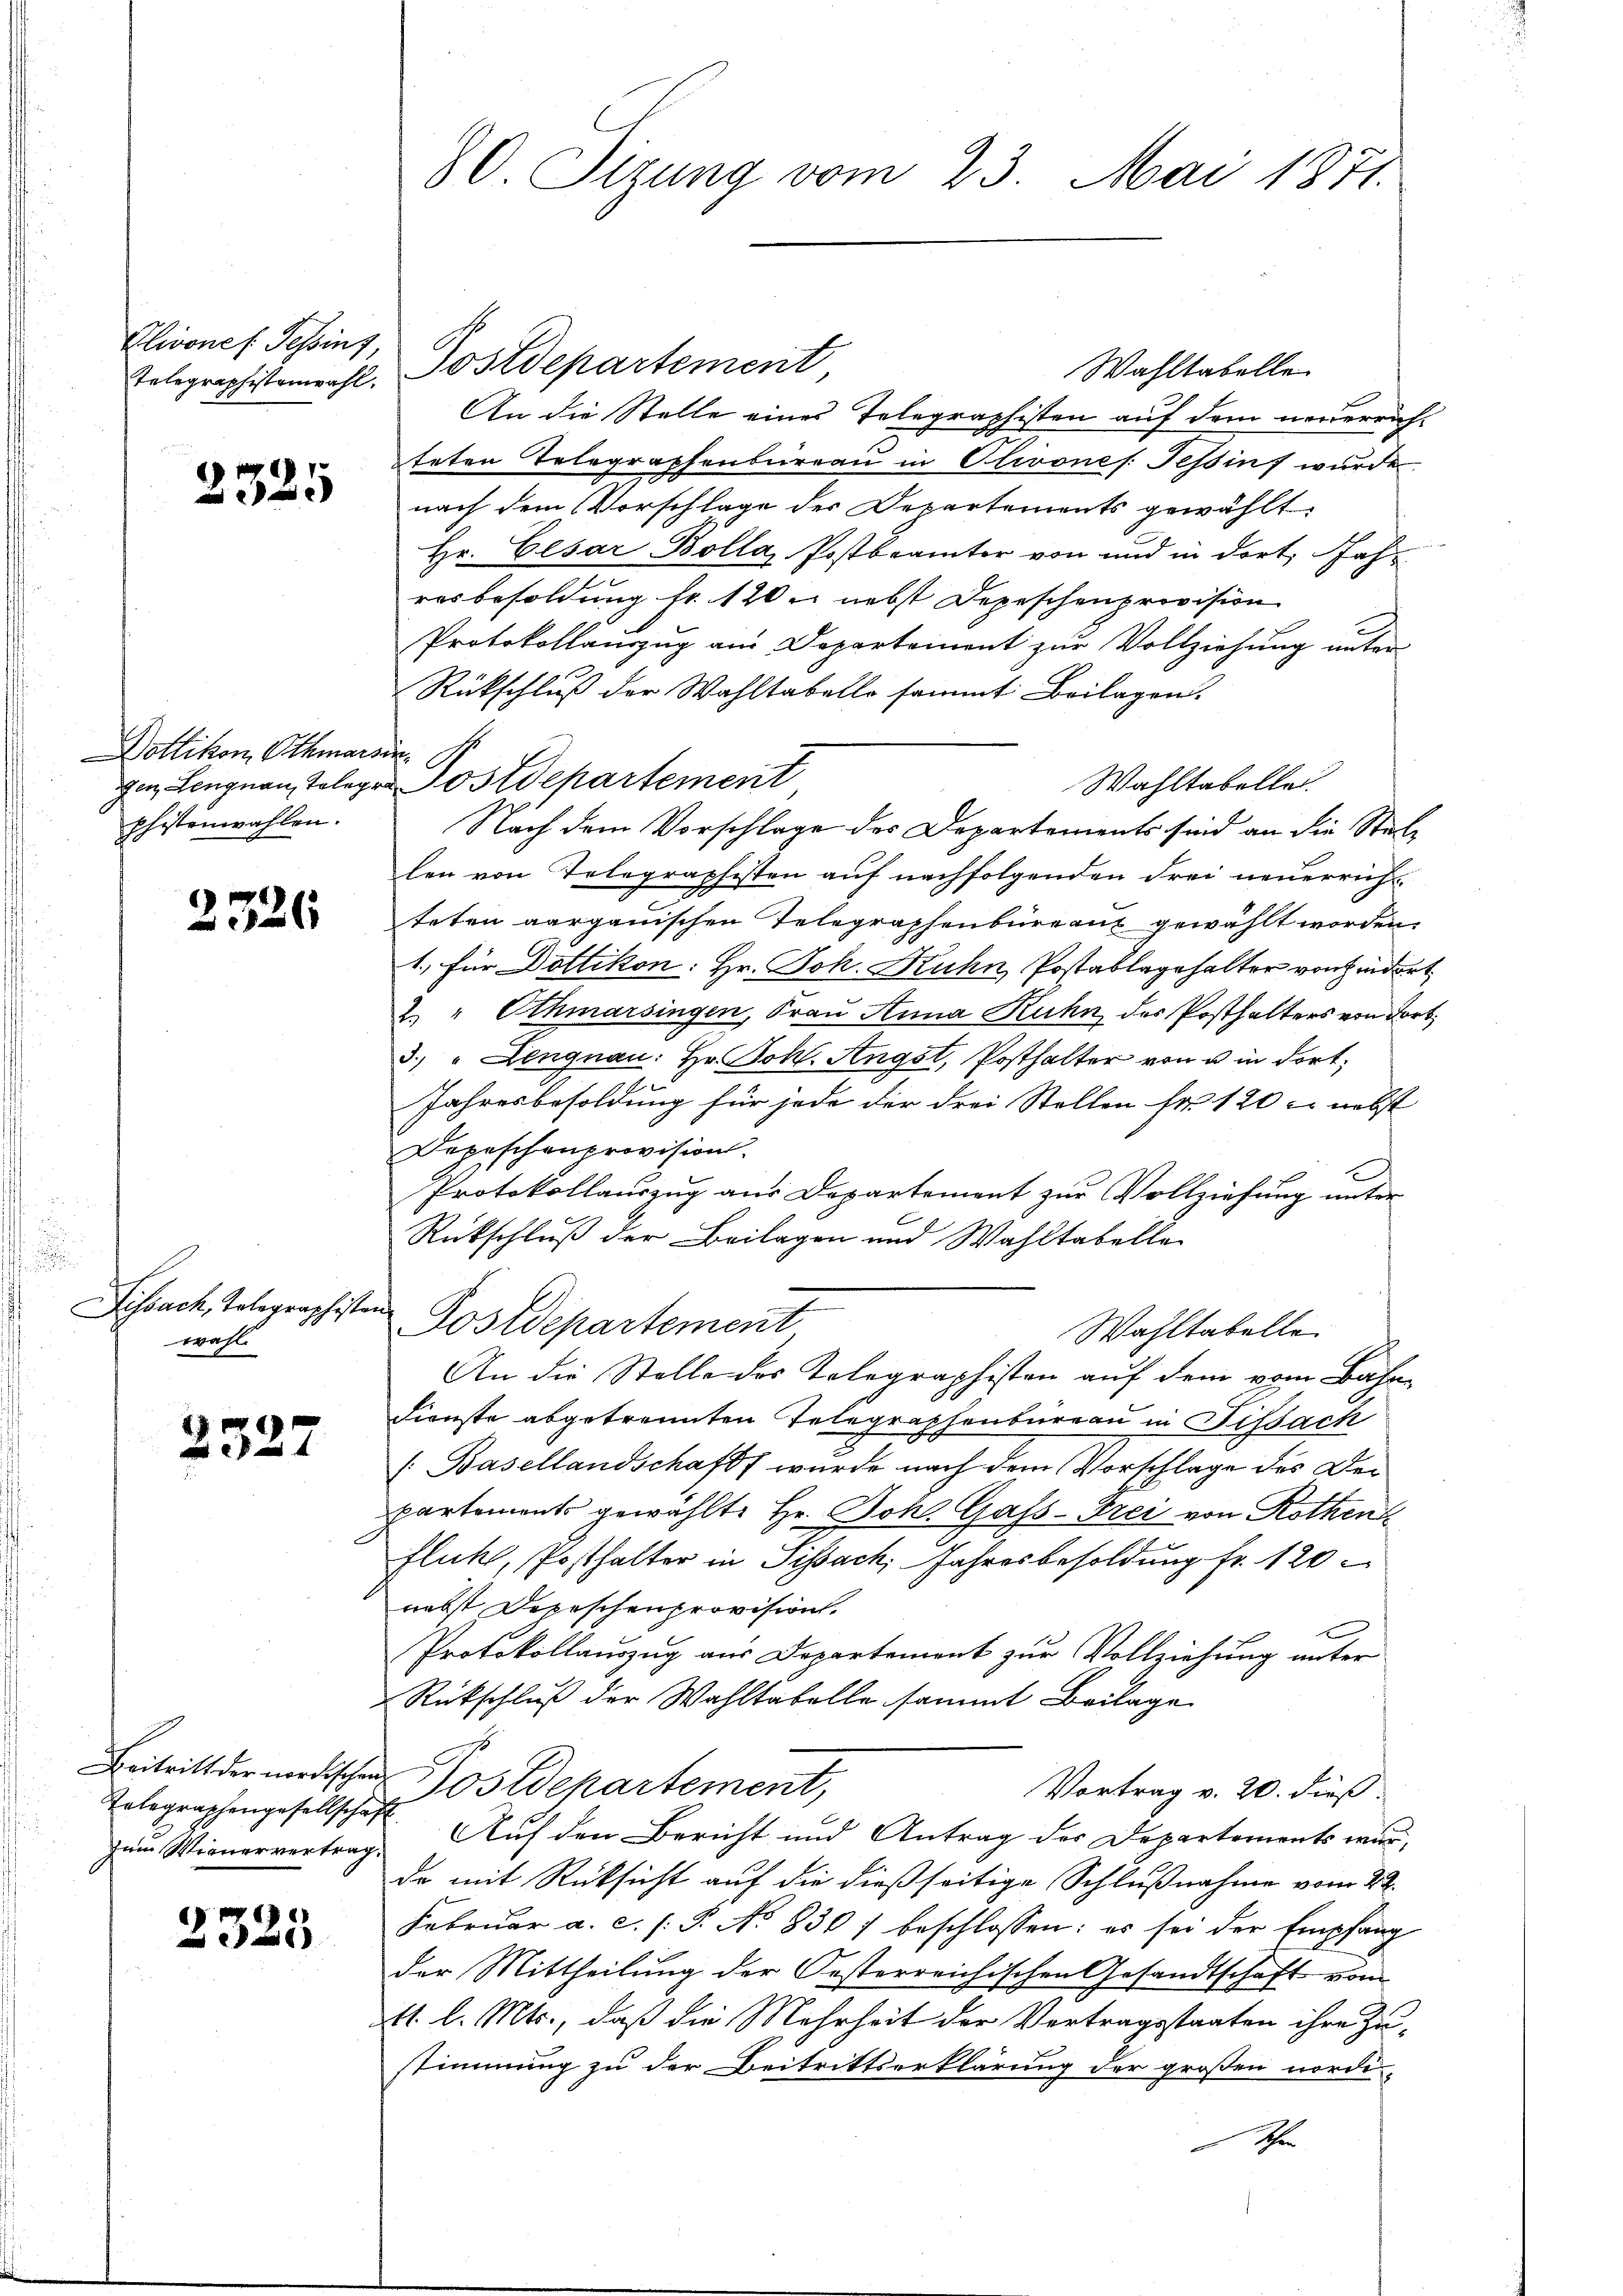
80. Sizung vom 23. Mai 1871.

Wahltabelle
Telegraphistenwohl. Postdepartement,
An die Stelle eines Telegraphisten auf dem neuerrichteten Telegraphenbureau in Olivones Tessins wurde
nach dem Vorschlage der Departements gewählt.
Hr. Cesar Bolla, Postbrämter von und in dort Jahr
resbesoldung fr. 120 nebst Depeschenprovision
Protokollanzug am Departement zur Vollziehung unter
Rückschluß der Wahltabello sammt Beilagen.
gen Lengnau, Toler Postdepartement
Wahltabellei
Nach dem Vorschlage des Departements sind an die Stellen von Telegraphisten auf nachfolgenden drei neuerricht
.
teten aargauischen Telegraphenbüreau gewählt worden.
1.) Für Dottikon: Hr. Joh. Ruhn Postablagehalter von Hindert
2. " Othmarsingen, Frau Anna Kuhn des Posthalters von Fort
3.) " Lengnau: Hr. Joh. Angst, Posthalter von u in dort¬
Jahresbesoldung für jede der drei Stollen fr. 120 c. nebst
Dopischenprovisions-
Protokollauszug aus Departement zur Vollziehung unter
Rückschluß der Beilagen und Wahltabelle
f
Postdepartement
Wahltabelle
An die Stelle des Kolegraphisten auf dem vom Bahn-
Dienste abgetrennten Telegraphenbureau in Tissach
( Basellandschaft wurde nach dem Vorschlage des Deipartements gewählte Hr. Joh. Gass-Frei von Rothen¬
Fluck, Posthalter in Schach Jahresbesoldung fr. 120
nebst Depeschenprovision.
x
Protokollauszug aus Departement zur Vollziehung unter
Rückschluß der Wahltabelle sammt Beilage
 Postdepartement,
Vortrag v. 20. dieß
¬
Auf den Bericht und Antrag des Departements wur-
de mit Rücksicht auf die dießseitige Schlußnahme vom 22.
Februar a. c. s. S. No 830 f beschlossen: es sei der Empfang
der Mittheilung der Oesterreichischen Gesandtschaft vom
11. l. Mts., daß die Mehrheit der Vertragsstaaten ihre Zustimmung zu der Beitrittserklärung der großen nordi
Schr

Olivones Tessins

2325

Dottikon, Othmarsin
phistenwahlen.

Fissach, Telegraphist
wahl.

xx

2)
a

Beitritt der nordische
Telegraphengesellscha
zum Wienervertrag

2325